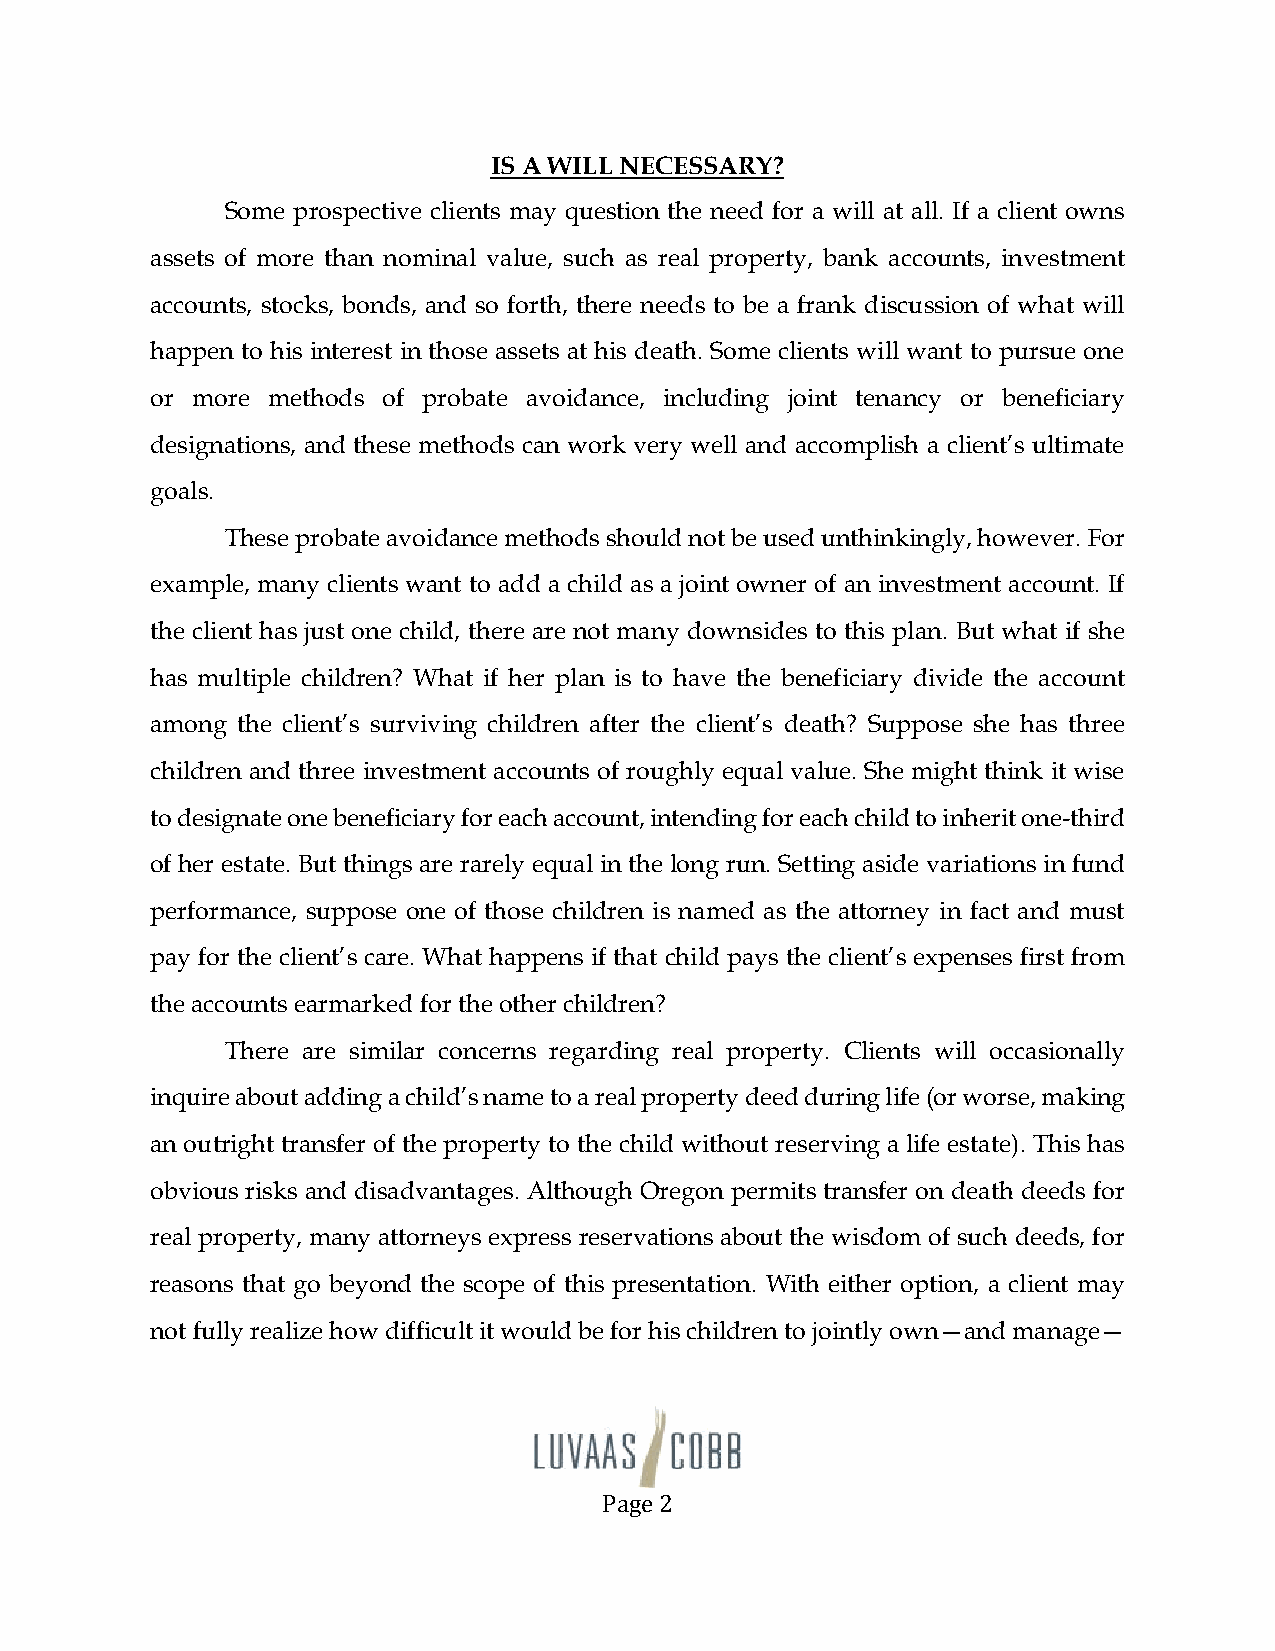
IS A WILL NECESSARY?
 Some prospective clients may question the need for a will at all. If a client owns
 assets of more than nominal value, such as real property, bank accounts, investment
 accounts, stocks, bonds, and so forth, there needs to be a frank discussion of what will
 happen to his interest in those assets at his death. Some clients will want to pursue one
 or more methods of probate avoidance, including joint tenancy or beneficiary
 designations, and these methods can work very well and accomplish a client’s ultimate
 goals.
 These probate avoidance methods should not be used unthinkingly, however. For
 example, many clients want to add a child as a joint owner of an investment account. If
 the client has just one child, there are not many downsides to this plan. But what if she
 has multiple children? What if her plan is to have the beneficiary divide the account
 among the client’s surviving children after the client’s death? Suppose she has three
 children and three investment accounts of roughly equal value. She might think it wise
 to designate one beneficiary for each account, intending for each child to inherit one-third
 of her estate. But things are rarely equal in the long run. Setting aside variations in fund
 performance, suppose one of those children is named as the attorney in fact and must
 pay for the client’s care. What happens if that child pays the client’s expenses first from
 the accounts earmarked for the other children?
 There are similar concerns regarding real property. Clients will occasionally
 inquire about adding a child’s name to a real property deed during life (or worse, making
 an outright transfer of the property to the child without reserving a life estate). This has
 obvious risks and disadvantages. Although Oregon permits transfer on death deeds for
 real property, many attorneys express reservations about the wisdom of such deeds, for
 reasons that go beyond the scope of this presentation. With either option, a client may
 not fully realize how difficult it would be for his children to jointly own—and manage—
 Page 2